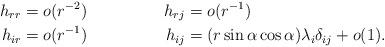
LaTeX: \begin{align*}h_{rr} & = o(r^{-2}) & h_{rj} & = o(r^{-1})\\h_{ir} & = o(r^{-1}) & h_{ij} &= (r \sin \alpha \cos \alpha) \lambda_i \delta_{ij} +o(1).\end{align*}